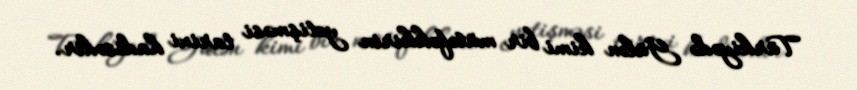
Türkiyədə Gülən kimi bir mütəfəkkirin yetişməsi tarixi hadisədir.